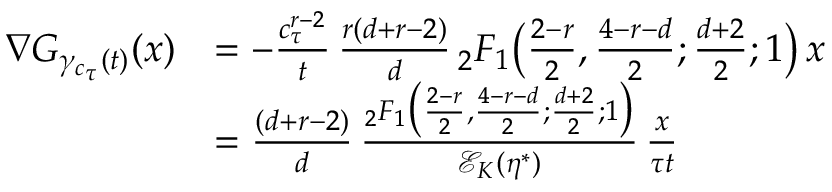
\begin{array} { r l } { \nabla G _ { \gamma _ { c _ { \tau } } ( t ) } ( x ) } & { = - \frac { c _ { \tau } ^ { r - 2 } } { t } \, \frac { r ( d + r - 2 ) } { d } \, { _ 2 F _ { 1 } } \big ( \frac { 2 - r } { 2 } , \frac { 4 - r - d } { 2 } ; \frac { d + 2 } { 2 } ; 1 \big ) \, x } \\ & { = \frac { ( d + r - 2 ) } { d } \, \frac { { _ 2 F _ { 1 } } \big ( \frac { 2 - r } { 2 } , \frac { 4 - r - d } { 2 } ; \frac { d + 2 } { 2 } ; 1 \big ) } { \mathcal E _ { K } ( \eta ^ { * } ) } \, \frac { x } { \tau t } } \end{array}